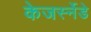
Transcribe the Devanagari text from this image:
केजर्स्नेडे